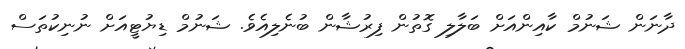
ދާނަން ޝަނުމް ކާއިންއަށް ބަލާލި ގޮތުން ފިރުޝާން ބުނެލިއެވެ. ޝަނުމް ޑިޔުޓީއަށް ނުނިކުތަސް